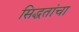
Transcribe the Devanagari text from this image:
सिद्धतांचा